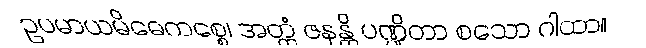
ဥပမာယမိဓေကစ္စေ၊ အတ္ထံ ဇနန္တိ ပဏ္ဍိတာ စသော ဂါထာ။